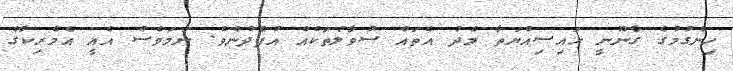
ހިންގުމުގެ ގާނޫނީ ހައިސިއްޔަތާ މެދު އެތައް ސުވާލުތަކެއް އުފެދުނެވެ. ނަމަވެސް އެއީ އެމެރިކާގެ